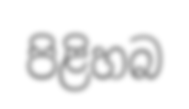
පිළිහබ